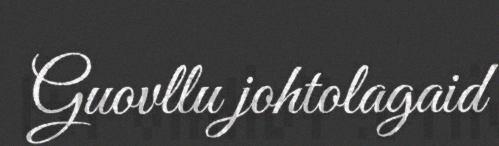
Guovllu johtolagaid